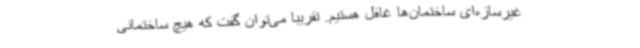
غیرسازه‌ای ساختمان‌ها غافل هستیم. تقریبا می‌توان گفت که هیچ ساختمانی